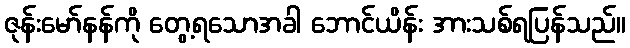
ဇုန်းမော်နန်ကို တွေ့ရသောအခါ ဘောင်ယိန်း အားသစ်ရပြန်သည်။